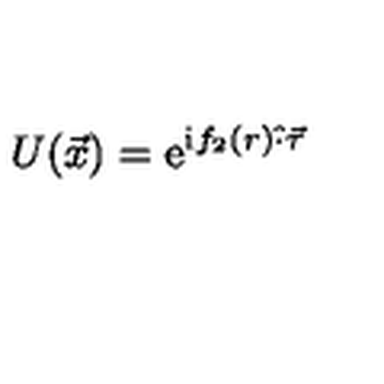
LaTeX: U ( \vec { x } ) = { \mathrm { e } } ^ { \mathrm { i } f _ { 2 } ( r ) \hat { \cdot } \vec { \tau } }